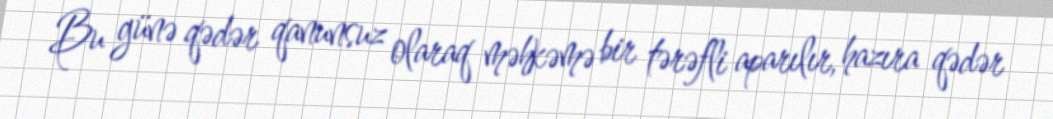
Bu günə qədər qanunsuz olaraq məhkəmə bir tərəfli aparılır, hazıra qədər